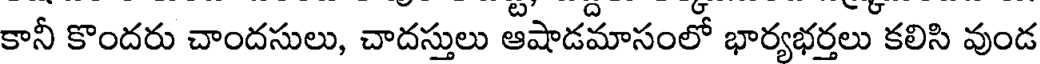
కానీ కొందరు చాందసులు, చాదస్తులు ఆషాడమాసంలో భార్యభర్తలు కలిసి వుండ